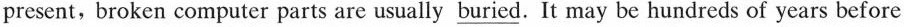
present,broken computer parts are usually _buried. It may be hundreds of years before